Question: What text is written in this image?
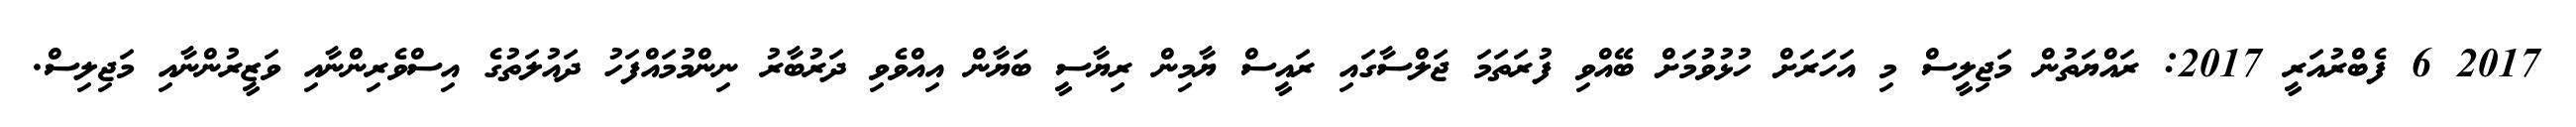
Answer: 2017 6 ފެބްރުއަރީ 2017: ރައްޔަތުން މަޖިލީސް މި އަހަރަށް ހުޅުވުމަށް ބޭއްވި ފުރަތަމަ ޖަލްސާގައި ރައީސް ޔާމިން ރިޔާސީ ބަޔާން އިއްވެވި ދަރުބާރު ނިންމުމައްފަހު ދައުލަތުގެ އިސްވެރިންނާއި ވަޒީރުންނާއި މަޖިލިސް.